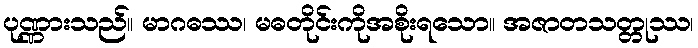
ပုဏ္ဏားသည်။ မာဂဓဿ၊ မဓတိုင်းကိုအစိုးရသော။ အဇာတသတ္တုဿ၊